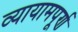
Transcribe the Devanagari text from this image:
व्यायामपूर्ण